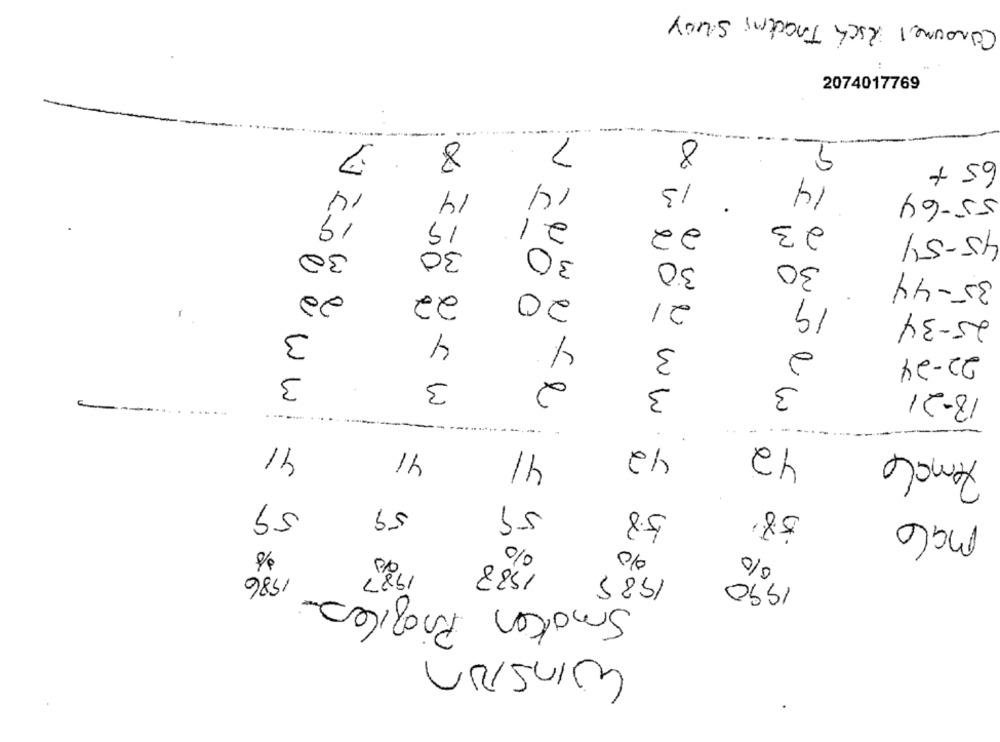
Consumel Isch Tracking Suoy
2074017769
7
8
7
8
65 +
14
13
14
14
14
55-64
19
21
15
23
22
45-54
30
30
30
30
30
35-44
22
22
20
21
19
25-34
-
3
4
4
3
2
22-24
3
2
3
3
3
18-21
-
41
42
41
41
42
temale
59
59
59
5.8
58'
malo
010
010
1988
1987
986
1985
1990
Smaken Profiles
Winston